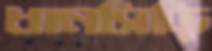
ধানসিড়ি